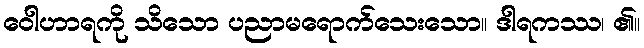
ဝေါဟာရကို သိသော ပညာမရောက်သေးသော။ ဒါရကဿ၊ ၏။